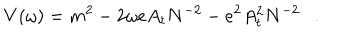
V ( \omega ) = m ^ { 2 } - 2 \omega e A _ { t } N ^ { - 2 } - e ^ { 2 } A _ { t } ^ { 2 } N ^ { - 2 } .